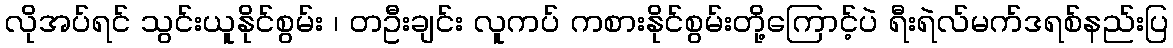
လိုအပ်ရင် သွင်းယူနိုင်စွမ်း ၊ တဦးချင်း လူကပ် ကစားနိုင်စွမ်းတို့ကြောင့်ပဲ ရီးရဲလ်မက်ဒရစ်နည်းပြ